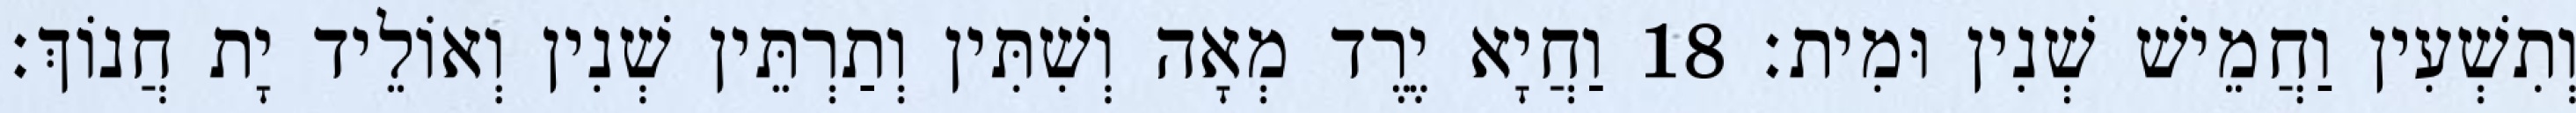
וְתִשְׁעִין וַחֲמֵישׁ שְׁנִין וּמִית׃ 18 וַחֲיָא יֶרֶד מְאָה וְשִׁתִּין וְתַרְתֵּין שְׁנִין וְאוֹלֵיד יָת חֲנוֹךְ׃